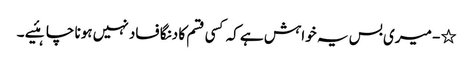
٭- میری بس یہ خواہش ہے کہ کسی قسم کا دنگا فساد نہیں ہونا چاہئیے ۔